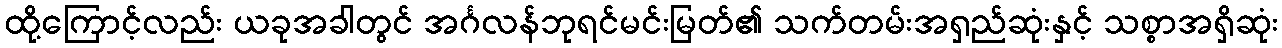
ထို့ကြောင့်လည်း ယခုအခါတွင် အင်္ဂလန်ဘုရင်မင်းမြတ်၏ သက်တမ်းအရှည်ဆုံးနှင့် သစ္စာအရှိဆုံး